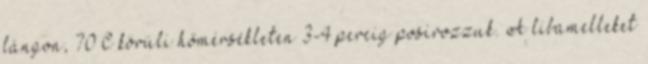
lángon, 70°C körüli hőmérsékleten 3-4 percig posírozzuk. A libamelleket